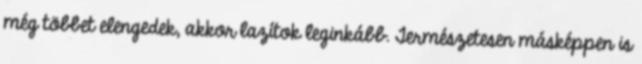
még többet elengedek, akkor lazítok leginkább. Természetesen másképpen is